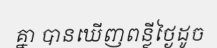
គ្នា បានឃើញពន្លីថ្ងៃដូច